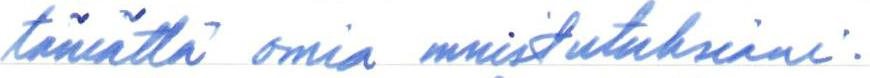
tämättä omia muistutuksiani.